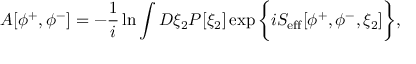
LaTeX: A [ \phi ^ { + } , \phi ^ { - } ] = - { \frac { 1 } { i } } \ln \int { \cal D } \xi _ { 2 } P [ \xi _ { 2 } ] \exp \bigg \{ i S _ { \mathrm { e f f } } [ \phi ^ { + } , \phi ^ { - } , \xi _ { 2 } ] \bigg \} ,